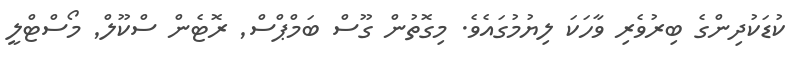
ކުޑަކުދިންގެ ބިރުވެރި ވާހަކަ ލިޔުމުގައެވެ. މިގޮތުން ގޫސް ބަމްޕްސް